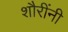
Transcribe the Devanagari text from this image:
शौरींनी